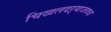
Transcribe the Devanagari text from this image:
चिखलदऱ्याजवळ